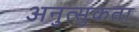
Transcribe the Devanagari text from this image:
अनुत्सुकता